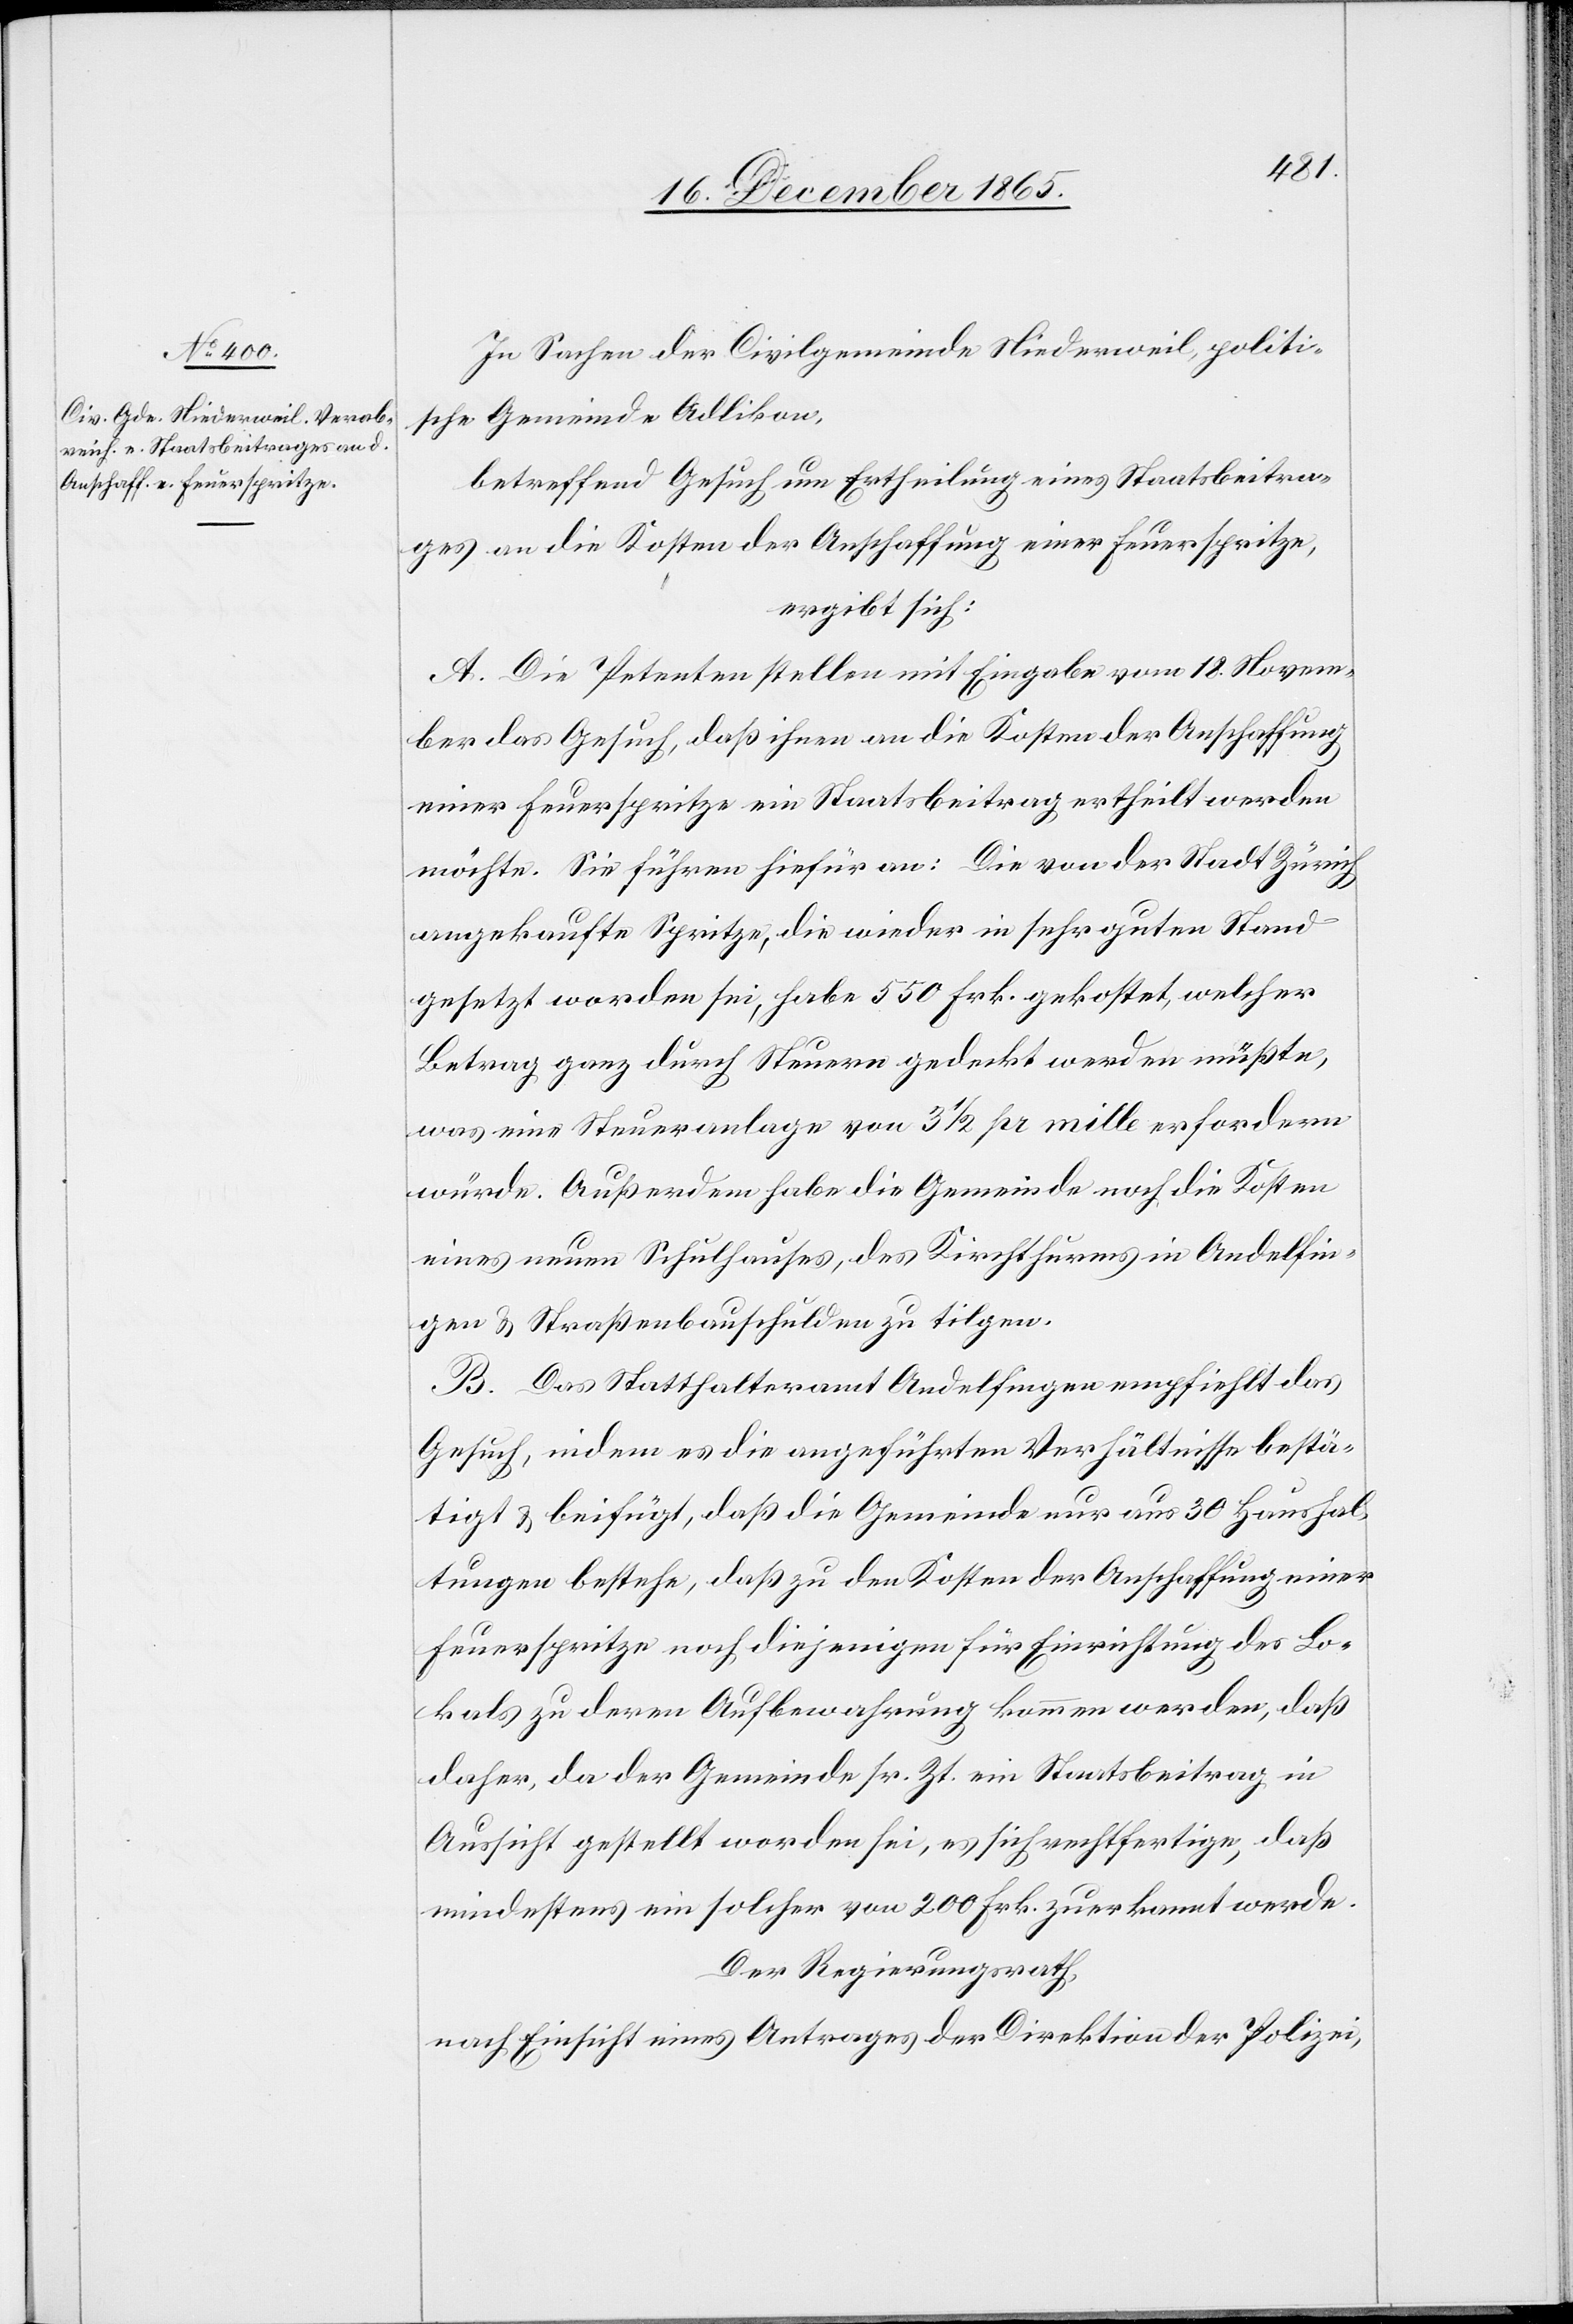
In Sachen der Civilgemeinde Niederweil, politi¬
sche Gemeinde Adlikon,
betreffend Gesuch um Ertheilung eines Staatsbeitra¬
ges an die Kosten der Anschaffung einer Feuerspritze,
ergibt sich:
A. Die Petenten stellen mit Eingabe vom 18. Novem¬
ber das Gesuch, daß ihnen an die Kosten der Anschaffung
einer Feuerspritze ein Staatsbeitrag ertheilt werden
möchte. Sie führen hiefür an: Die von der Stadt Zürich
angekaufte Spritze, die wieder in sehr guten Stand
gesetzt worden sei, habe 550 Frk. gekostet welcher
Betrag ganz durch Steuern gedeckt werden müßte,
was einer Steueranlage von 3 1/2 pr mille erfordern
würde. Außerdem habe die Gemeinde noch die Kosten
eines neuen Schulhauses, des Kirchthurms in Andelfin¬
gen & Straßenbauschulden zu tilgen.
B. Das Statthalteramt Andelfingen empfiehlt das
Gesuch, indem es die angeführten Verhältnisse bestä¬
tigt & beifügt, daß die Gemeinde nur aus 30 Haushal¬
tungen bestehe, daß zu den Kosten der Anschaffung einer
Feuerspritze noch diejenigen für Einrichtung des Lo¬
kals zu deren Aufbewahrung kommen werden, daß
daher, da der Gemeinde sr. Zt. ein Staatsbeitrag in
Aussicht gestellt worden sei, es sich rechtfertige, daß
mindestens ein solcher von 200 Frk. zuerkannt werde.
Der Regierungsrath,
nach Einsicht eines Antrages der Direktion der Polizei,